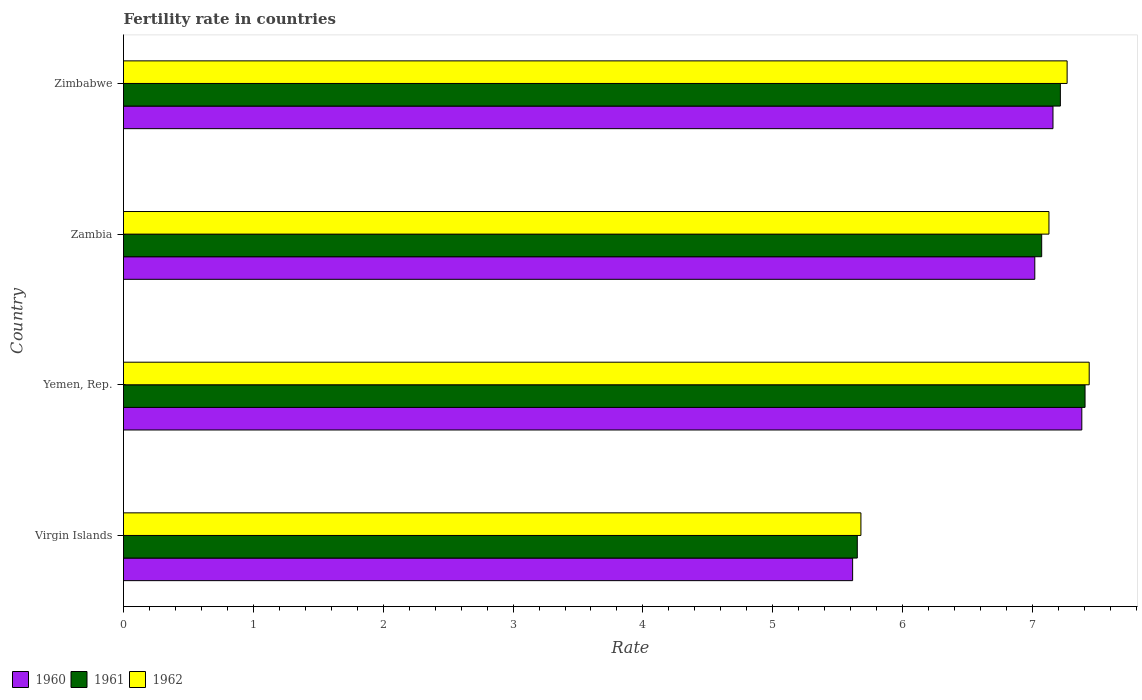
| Country | 1960 | 1961 | 1962 |
 | --- | --- | --- | --- |
 | Virgin Islands | 5.62 | 5.65 | 5.68 |
 | Yemen, Rep. | 7.38 | 7.41 | 7.44 |
 | Zambia | 7.02 | 7.07 | 7.13 |
 | Zimbabwe | 7.16 | 7.21 | 7.27 |